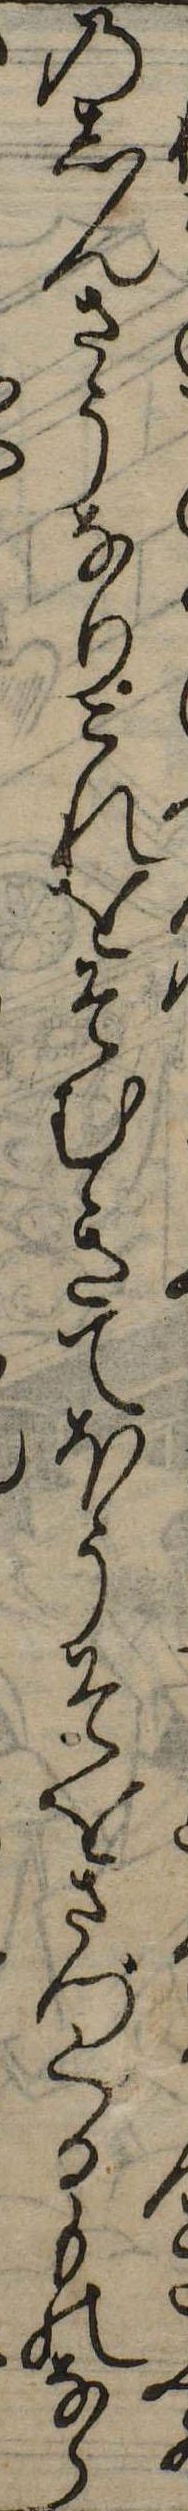
ふのしんさうなりこれをそむきてほうそをさづくるものなら